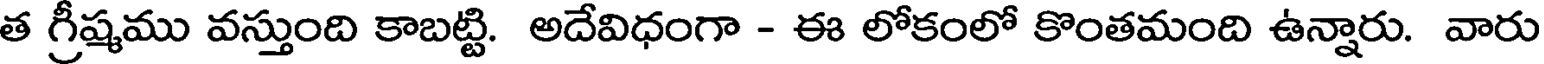
త గ్రీష్మము వస్తుంది కాబట్టి. అదేవిధంగా - ఈ లోకంలో కొంతమంది ఉన్నారు. వారు